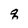
Character: q